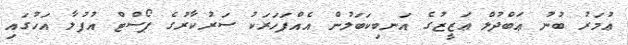
ޢުމަރު ބުނު ޢަބްދުލް ޢަޒީޒުގެ އަނބިކަބަލުން އެއްފަހަރަކު ސަރުކާރުގެ ޕޯސްޓް އުފުލާ އަހުގައި